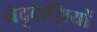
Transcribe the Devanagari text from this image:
नेदुवाझियों